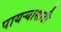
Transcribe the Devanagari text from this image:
पायऱ्यासाठी